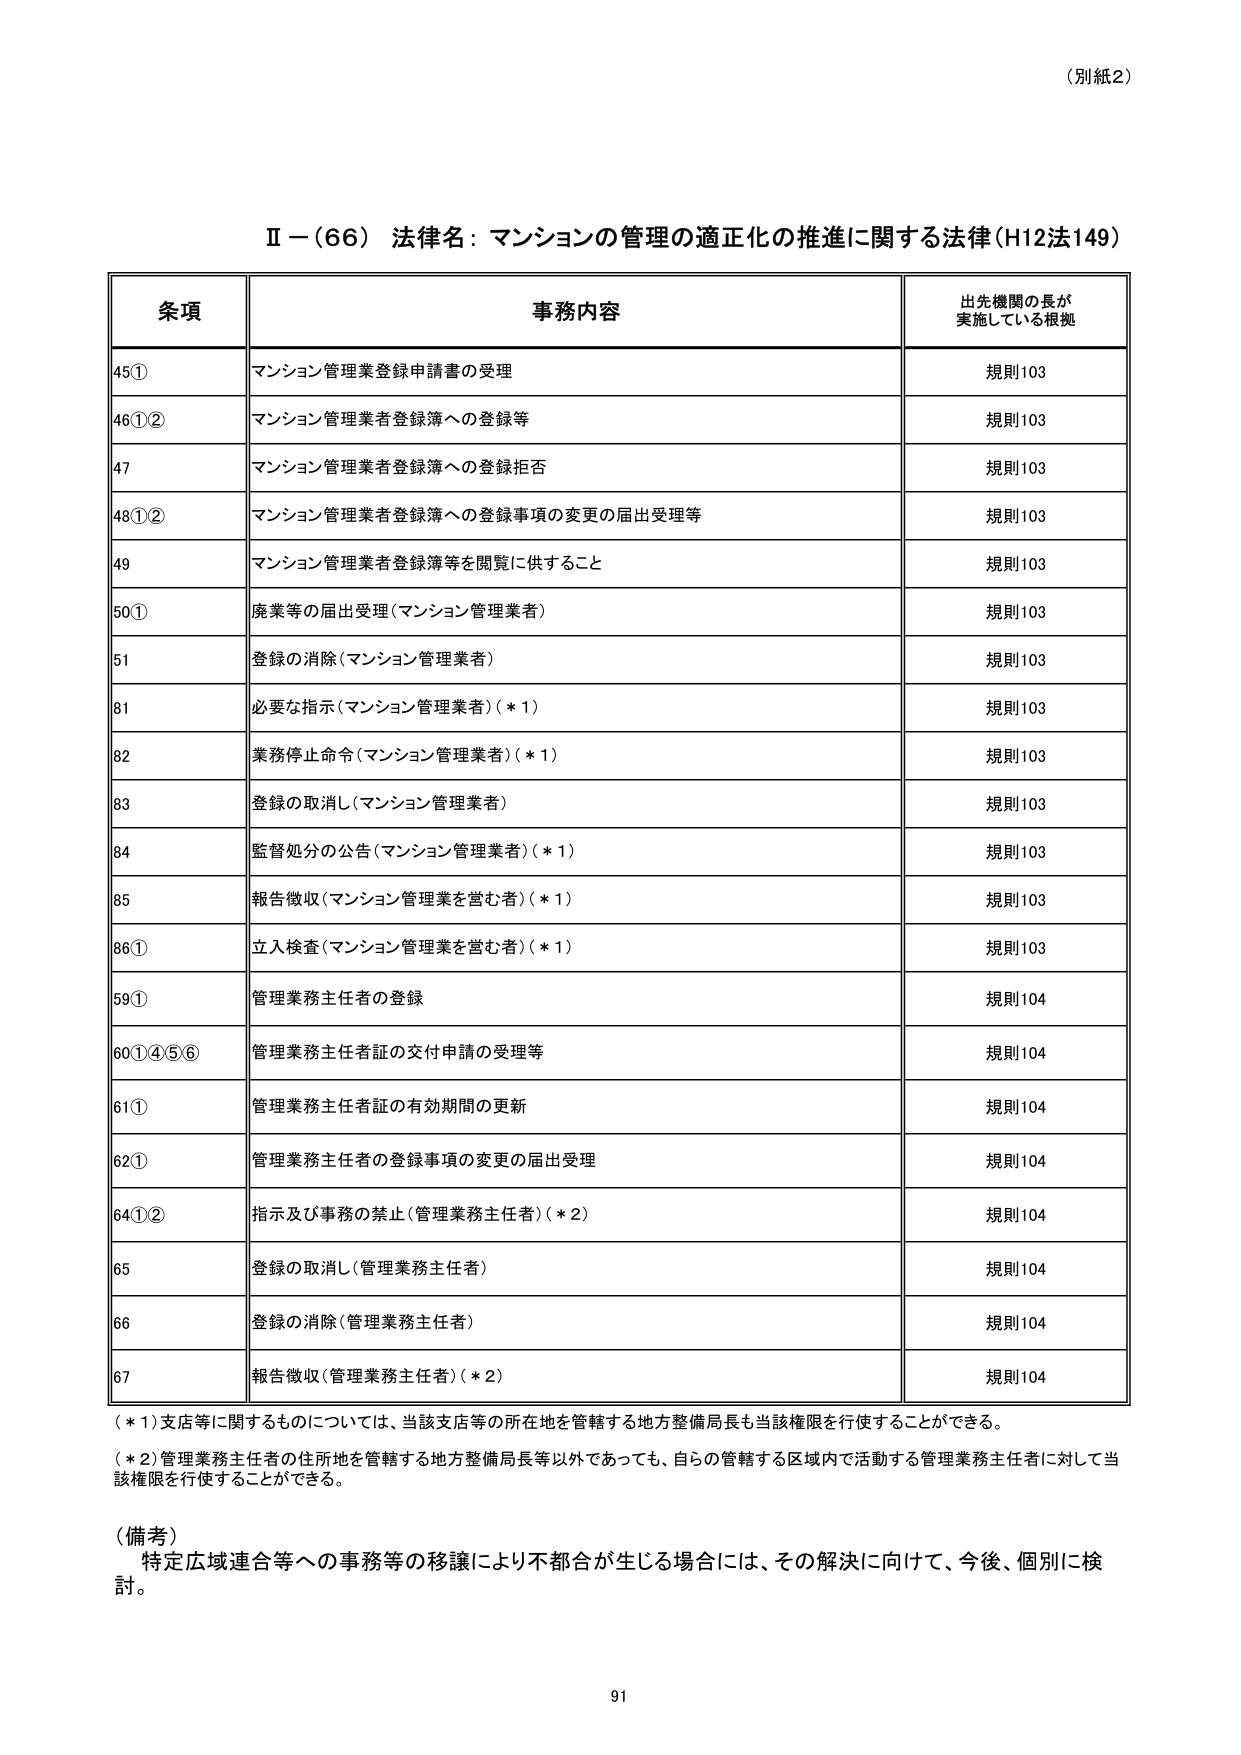
（別紙2）

Ⅱ－（66） 法律名：マンションの管理の適正化の推進に関する法律（H12法149）

条項 事務内容 出先機関の長が実施している根拠
45① マンション管理業登録申請書の受理 規則103
46①② マンション管理業者登録簿への登録等 規則103
47 マンション管理業者登録簿への登録拒否 規則103
48①② マンション管理業者登録簿への登録事項の変更の届出受理等 規則103
49 マンション管理業者登録簿等を閲覧に供すること 規則103
50① 廃業等の届出受理（マンション管理業者） 規則103
51 登録の消除（マンション管理業者） 規則103
81 必要な指示（マンション管理業者）（＊1） 規則103
82 業務停止命令（マンション管理業者）（＊1） 規則103
83 登録の取消し（マンション管理業者） 規則103
84 監督処分の公告（マンション管理業者）（＊1） 規則103
85 報告徴収（マンション管理業を営む者）（＊1） 規則103
86① 立入検査（マンション管理業を営む者）（＊1） 規則103
59① 管理業務主任者の登録 規則104
60①④⑤⑥ 管理業務主任者証の交付申請の受理等 規則104
61① 管理業務主任者証の有効期間の更新 規則104
62① 管理業務主任者の登録事項の変更の届出受理 規則104
64①② 指示及び事務の禁止（管理業務主任者）（＊2） 規則104
65 登録の取消し（管理業務主任者） 規則104
66 登録の消除（管理業務主任者） 規則104
67 報告徴収（管理業務主任者）（＊2） 規則104

（＊1）支店等に関するものについては、当該支店等の所在地を管轄する地方整備局長も当該権限を行使することができる。
（＊2）管理業務主任者の住所地を管轄する地方整備局長等以外であっても、自らの管轄する区域内で活動する管理業務主任者に対して当該権限を行使することができる。

（備考）
特定広域連合等への事務等の移譲により不都合が生じる場合には、その解決に向けて、今後、個別に検討。

91